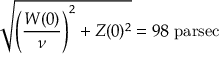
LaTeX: { \sqrt { \left( { \frac { W ( 0 ) } { \nu } } \right) ^ { 2 } + Z ( 0 ) ^ { 2 } } } = 9 8 { \mathrm { ~ p a r s e c } }